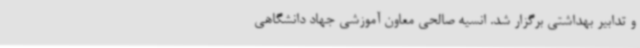
و تدابیر بهداشتی برگزار شد. انسیه صالحی معاون آموزشی جهاد دانشگاهی